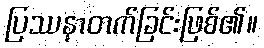
ပြဿနာတက်ခြင်းဖြစ်၏။